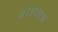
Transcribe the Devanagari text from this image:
।।१।१।१।।